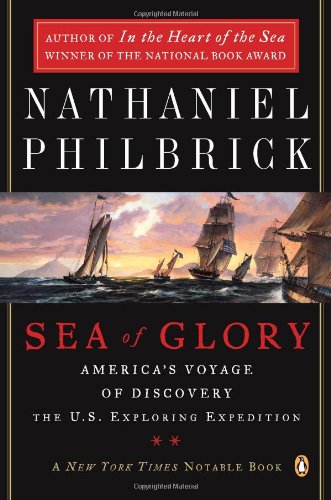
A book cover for Sea of Glory: America's Voyage of Discovery, The U.S. Exploring Expedition, 1838-1842; Nathaniel Philbrick; History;